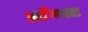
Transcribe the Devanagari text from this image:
अाॅगस्ट